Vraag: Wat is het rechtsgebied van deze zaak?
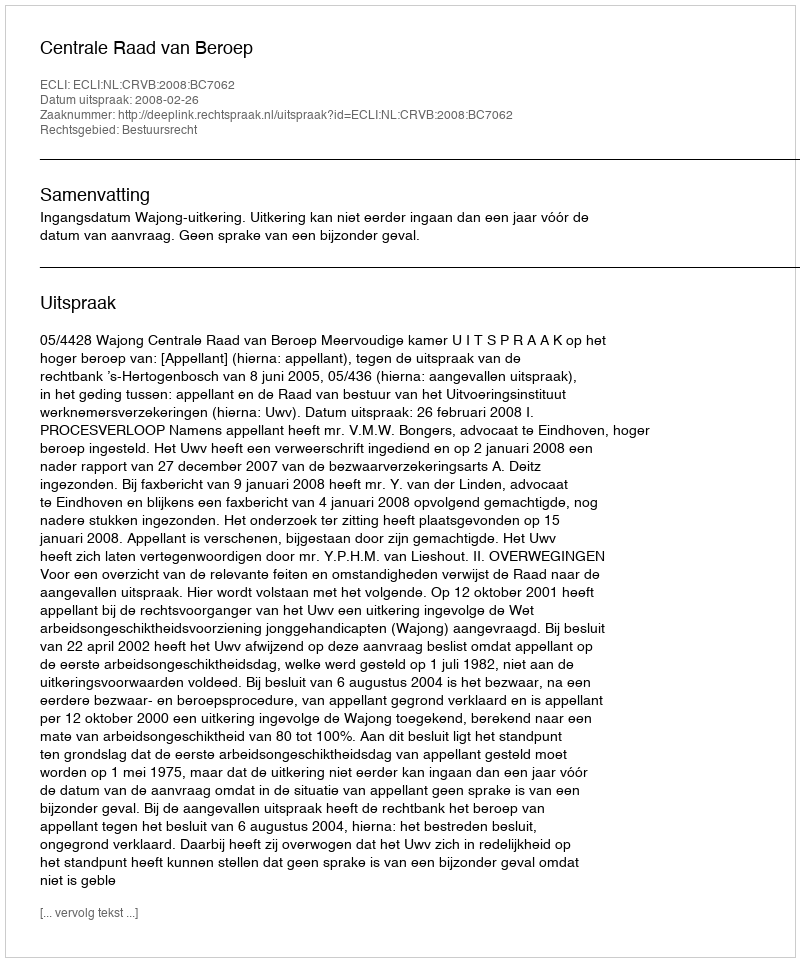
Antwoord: Bestuursrecht